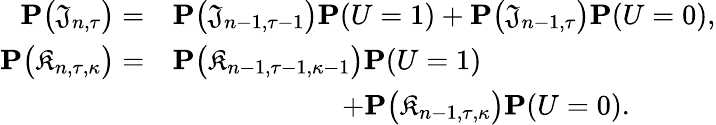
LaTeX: \begin{array}{rl}{\mathbf{P}\big(\mathfrak{J}_{n,\tau}\big)=}&{\mathbf{P}\big(\mathfrak{J}_{n-1,\tau-1}\big)\mathbf{P}(U=1)+\mathbf{P}\big(\mathfrak{J}_{n-1,\tau}\big)\mathbf{P}(U=0),}\\ {\mathbf{P}\big(\mathfrak{K}_{n,\tau,\kappa}\big)=}&{\mathbf{P}\big(\mathfrak{K}_{n-1,\tau-1,\kappa-1}\big)\mathbf{P}(U=1)}\\ &{\qquad\qquad\qquad+\mathbf{P}\big(\mathfrak{K}_{n-1,\tau,\kappa}\big)\mathbf{P}(U=0).}\end{array}